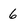
Character: 6